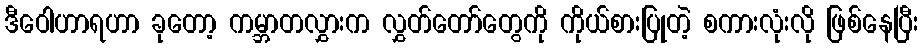
ဒီဝေါဟာရဟာ ခုတော့ ကမ္ဘာတလွှားက လွှတ်တော်တွေကို ကိုယ်စားပြုတဲ့ စကားလုံးလို ဖြစ်နေပြီး